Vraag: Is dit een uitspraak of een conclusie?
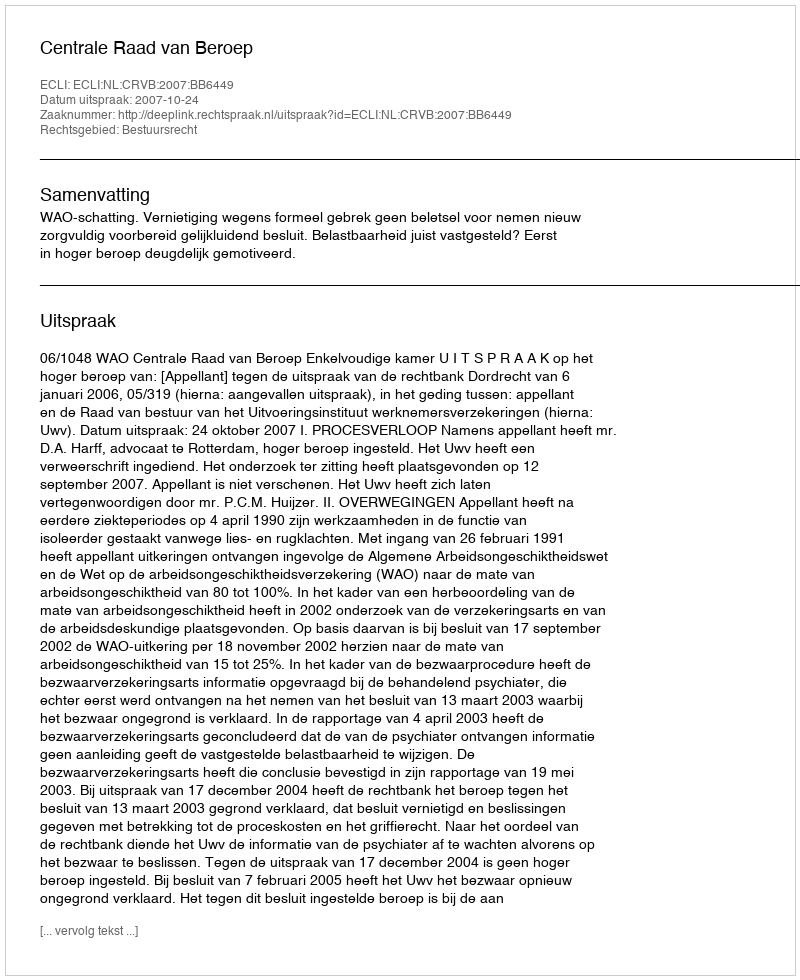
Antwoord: Uitspraak